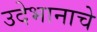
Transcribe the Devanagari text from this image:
उदेभानाचे